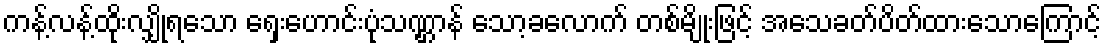
ကန့်လန့်ထိုးလျှိုရသော ရှေးဟောင်းပုံသဏ္ဌာန် သော့ခလောက် တစ်မျိုးဖြင့် အသေခတ်ပိတ်ထားသောကြောင့်